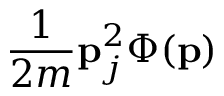
\frac { 1 } { 2 m } \mathbf { p } _ { j } ^ { 2 } \Phi ( \mathbf { p } )